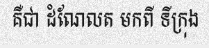
គឺជា ដំណែលត មកពី ទីក្រុង